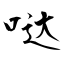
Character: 哒